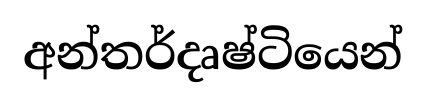
අන්තර්දෘෂ්ටියෙන්